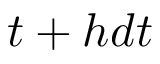
t + h d t